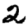
Digit: 2